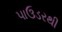
પાઉડરથી